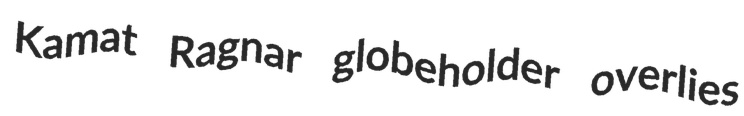
Kamat Ragnar globeholder overlies